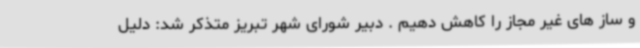
و ساز های غیر مجاز را کاهش دهیم . دبیر شورای شهر تبریز متذکر شد: دلیل